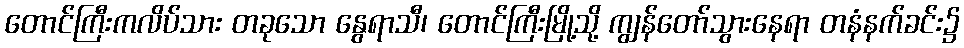
တောင်ကြီးကလိပ်သား တခုသော နွေရာသီ၊ တောင်ကြီးမြို့သို့ ကျွန်တော်သွားနေရာ တနံနက်ခင်း၌